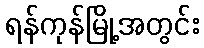
ရန်ကုန်မြို့အတွင်း